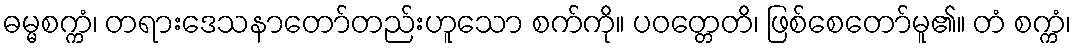
ဓမ္မစက္ကံ၊ တရားဒေသနာတော်တည်းဟူသော စက်ကို။ ပဝတ္တေတိ၊ ဖြစ်စေတော်မူ၏။ တံ စက္ကံ၊